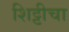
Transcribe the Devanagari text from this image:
शिट्टीचा